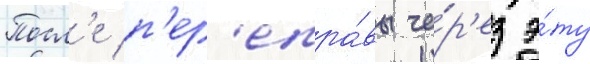
Посл'е п'ер'епра́вы че́р'ез э́ту